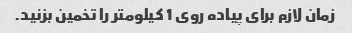
زمان لازم برای پیاده روی 1 کیلومتر را تخمین بزنید.